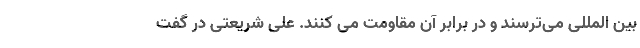
بین المللی می‌ترسند و در برابر آن مقاومت می کنند. علی شریعتی در گفت